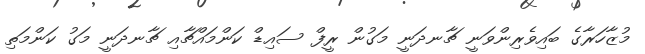
މުޒާހަރާގެ ބައިވެރިންވަނީ ޗާނދަނީ މަގުން ރީފް ސައިޑް ކަންމައްޗާއި ޗާނދަނީ މަގު ކަންމަތި